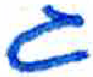
אות: ג